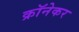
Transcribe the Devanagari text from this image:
क्रॉनेकर